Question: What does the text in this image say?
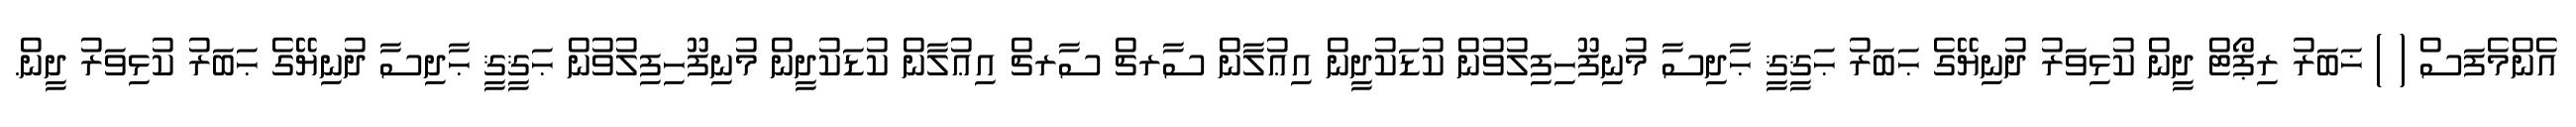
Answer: އެންމެފަސް ( ) ޚަބަރު ރިޕޯޓް ދީން ކުޅިވަރު ދުނިޔޭގެ ޙަބަރު ޙަޤީޤީ ޙާދިސާ މުނިފޫހިފިލުވުން ކުޑަކުދީން އިޢުލާން ސާރޗް ސާރޗް އިޢުލާން ކުޑަކުދީން މުނިފޫހިފިލުވުން ޙަޤީޤީ ޙާދިސާ ދުނިޔޭގެ ޙަބަރު ކުޅިވަރު ދީން.